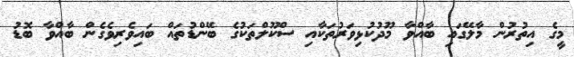
މީގެ އިތުރުން މާލޭގައި ބާއްވާ މޫދުކުޅިވަރުތަކާއި ސްކޫލްތަކުގެ ބޭންޑުތައް ބައިވެރިވެގެން ބާއްވާ ބޮޑު